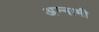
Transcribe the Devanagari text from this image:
अन्नामी